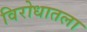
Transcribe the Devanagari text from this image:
विरोधातला